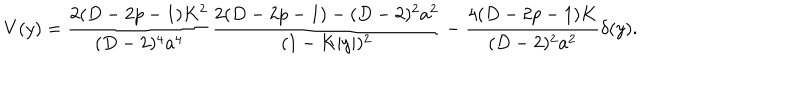
V ( y ) = { \frac { 2 ( D - 2 p - 1 ) K ^ { 2 } } { ( D - 2 ) ^ { 4 } a ^ { 4 } } } { \frac { 2 ( D - 2 p - 1 ) - ( D - 2 ) ^ { 2 } a ^ { 2 } } { ( 1 - K | y | ) ^ { 2 } } } - { \frac { 4 ( D - 2 p - 1 ) K } { ( D - 2 ) ^ { 2 } a ^ { 2 } } } \delta ( y ) .